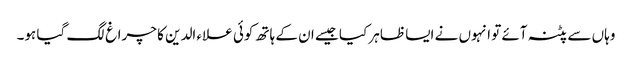
وہاں سے پٹنہ آئے تو انہوں نے ایسا ظاہر کیا جیسے ان کے ہاتھ کوئی علاء الدین کا چراغ لگ گیا ہو۔